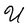
Character: U